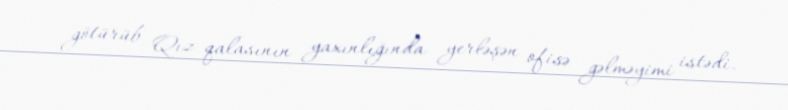
götürüb Qız qalasının yaxınlığında yerləşən ofisə gəlməyimi istədi.